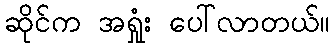
ဆိုင်က အရှုံး ပေါ်လာတယ်။